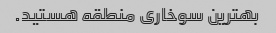
بهترین سوخاری منطقه هستید.